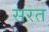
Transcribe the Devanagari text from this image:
सरत